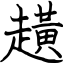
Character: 趪